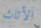
الأثاث